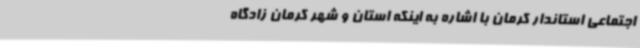
اجتماعی استاندار کرمان با اشاره به اینکه استان و شهر کرمان زادگاه